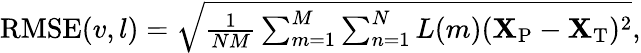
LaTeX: \begin{array}{r}{\operatorname{RMSE}(v,l)=\sqrt{\frac{1}{NM}\sum_{m=1}^{M}\sum_{n=1}^{N}L(m)({\mathbf{X}}_{\mathrm{P}}-{\mathbf{X}}_{\mathrm{T}})^{2}},}\end{array}